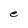
Character: e